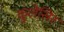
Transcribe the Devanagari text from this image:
कुलेसिर